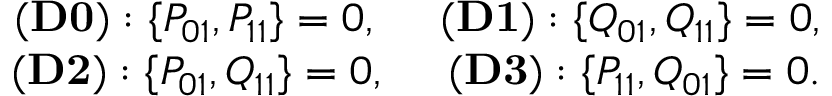
\begin{array} { r } { { \bf ( D 0 ) } : \{ P _ { 0 1 } , P _ { 1 1 } \} = 0 , ~ ~ ~ ~ { \bf ( D 1 ) } : \{ Q _ { 0 1 } , Q _ { 1 1 } \} = 0 , } \\ { { \bf ( D 2 ) } : \{ P _ { 0 1 } , Q _ { 1 1 } \} = 0 , ~ ~ ~ ~ { \bf ( D 3 ) } : \{ P _ { 1 1 } , Q _ { 0 1 } \} = 0 . } \end{array}